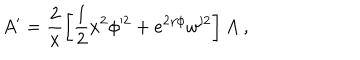
A ^ { \prime } = \frac { 2 } { x } \left[ \frac { 1 } { 2 } x ^ { 2 } \phi ^ { 2 } + e ^ { 2 \gamma \phi } w ^ { 2 } \right] A \ ,